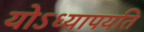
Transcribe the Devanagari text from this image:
योऽध्यापयति